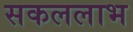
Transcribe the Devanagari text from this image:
सकललाभ